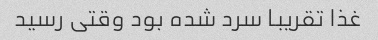
غذا تقریبا سرد شده بود وقتی رسید